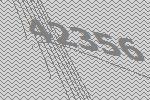
42356